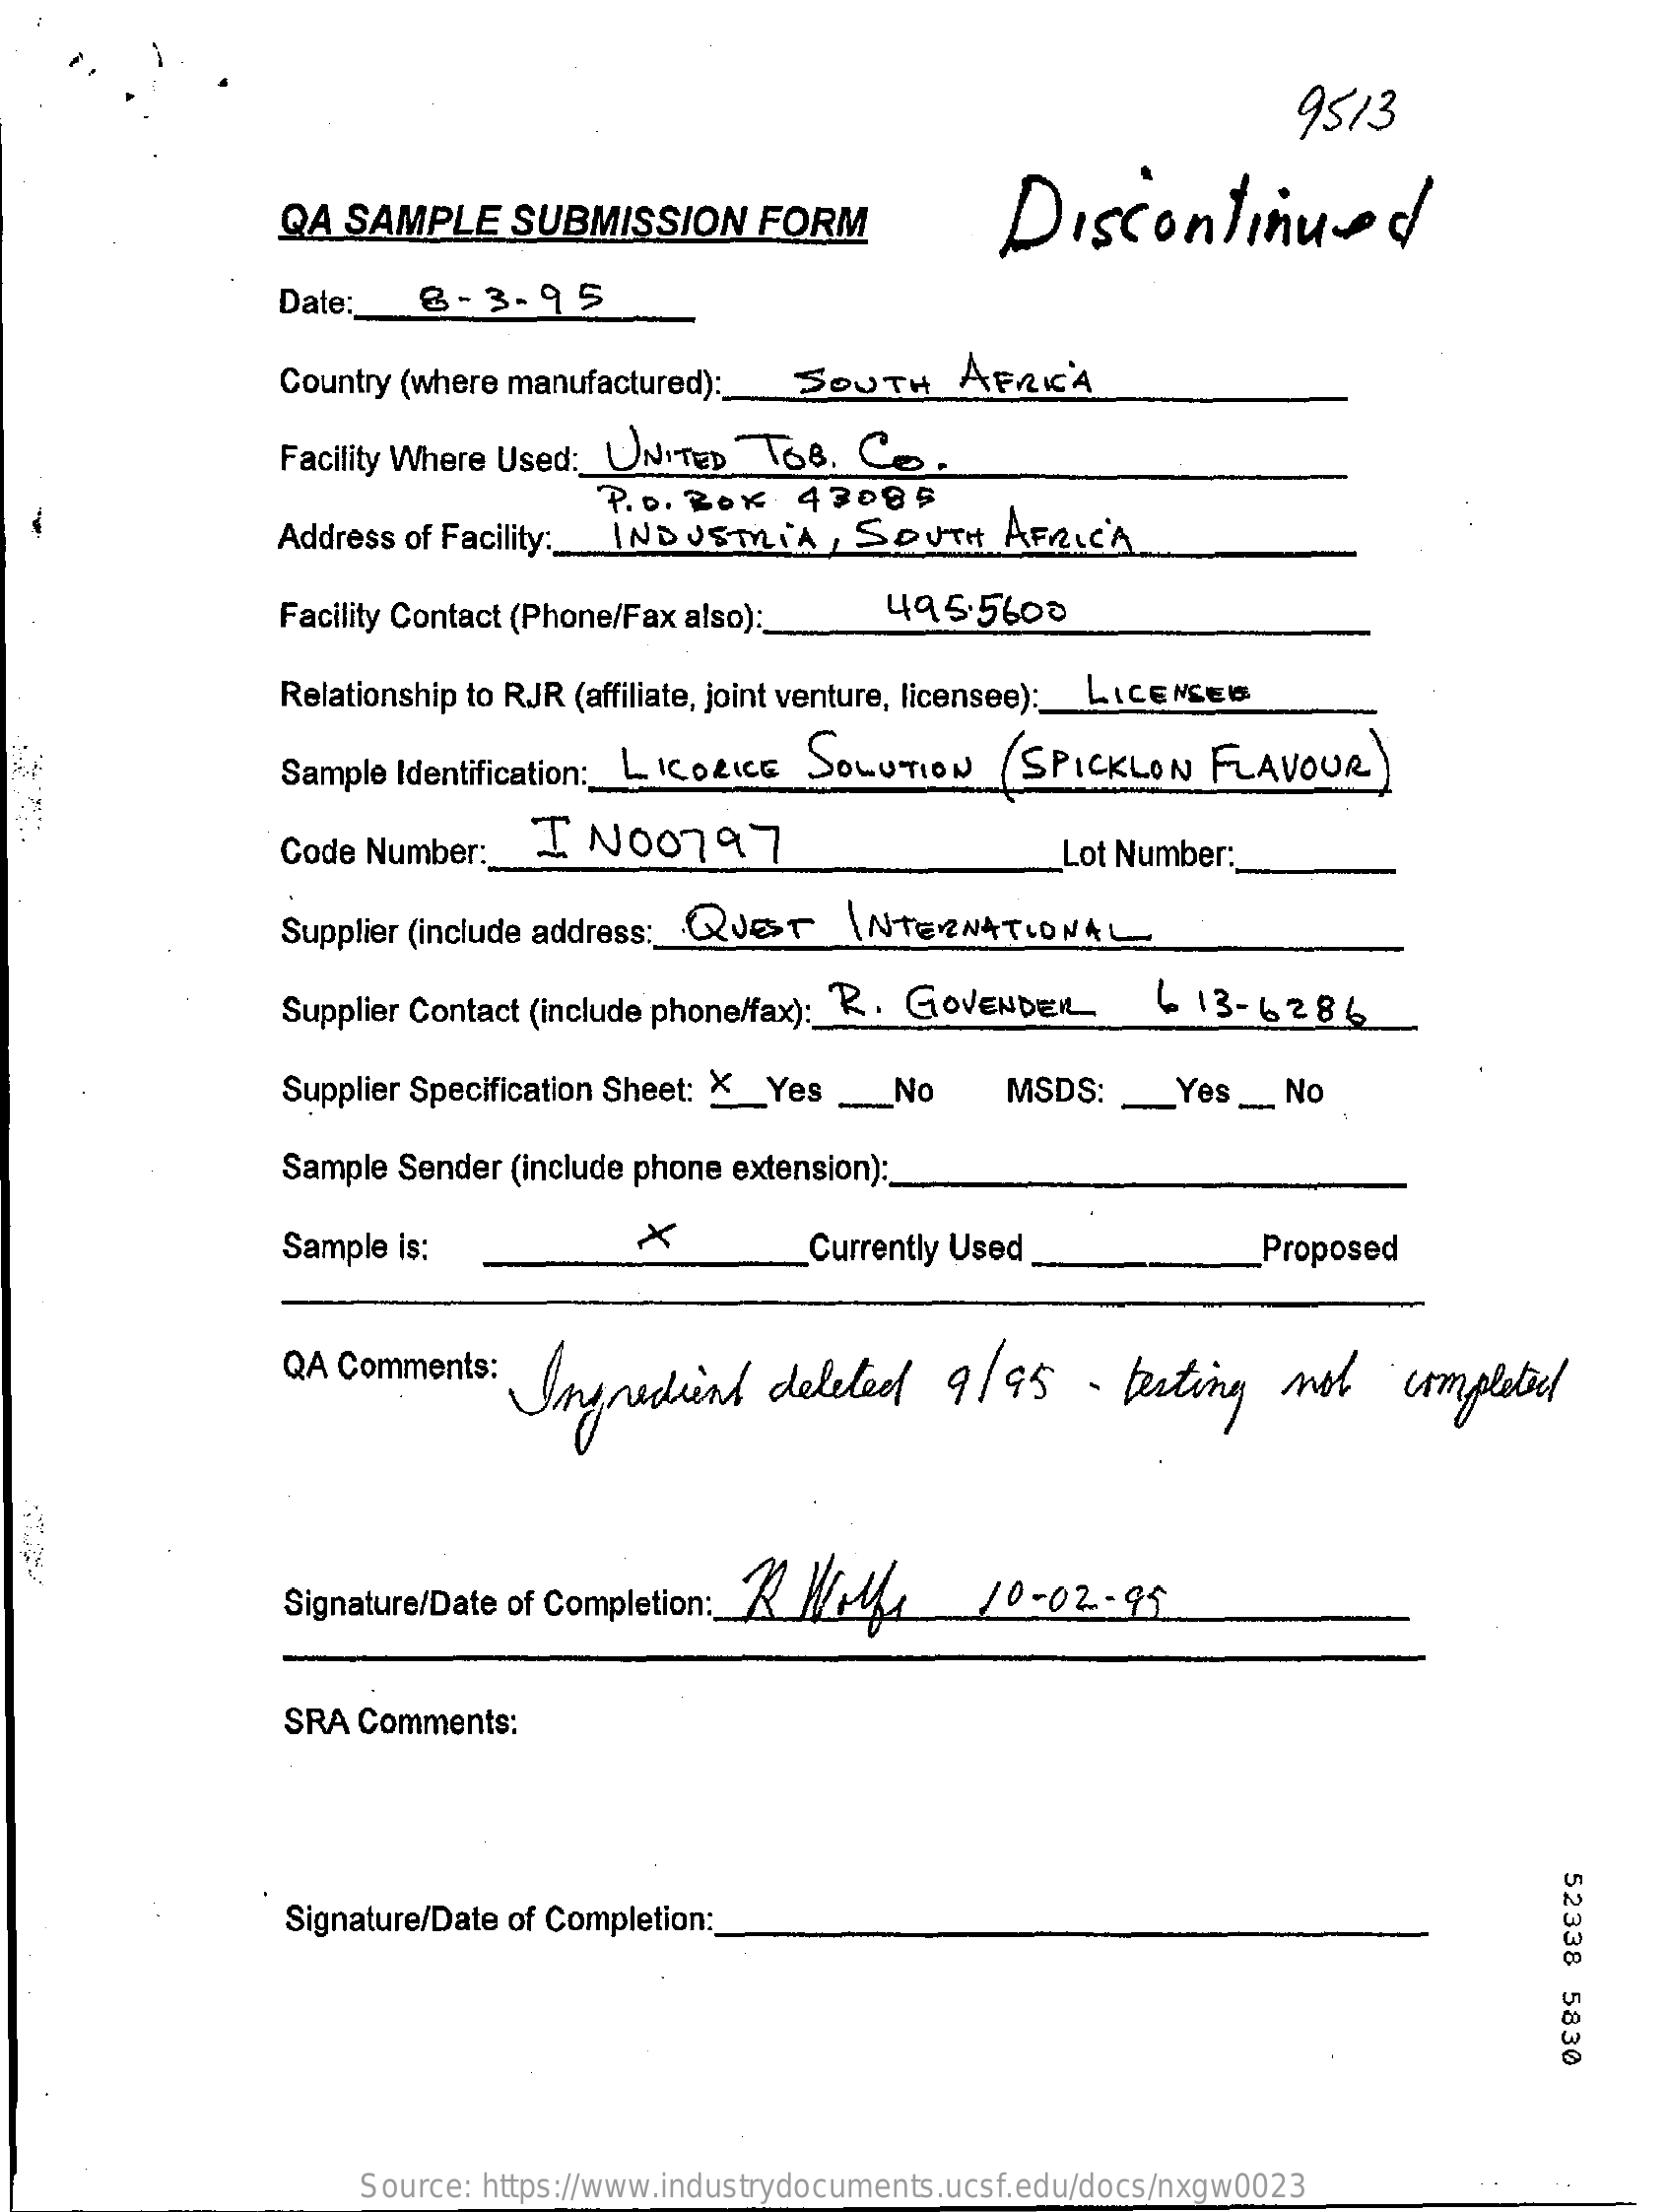
9513
     QA  SAMPLE    SUBMISSION    FORM    Discontinued
     Date:   8-  3-  95
     Country (where manufactured):   SOUTH    AFRICA
     Facility Where Used: UNITED   T68.  Co.
     Address of Facility:
     P.O. Box    43085
     INDUSTRIA    , SOUTH    AFRICA
     Facility Contact (Phone/Fax also):    495.5600
     Relationship to RJR (affiliate, joint venture, licensee): LICENSE
     Sample Identification :_ LICORICE SOLUTION    SPICKLON   FLAVOUR ...
     Code Number:    I NO0797    Lot Number:
     Supplier (include address :_ QUEST INTERNATIONAL
     Supplier Contact (include phone/fax): R . GOVENDER    ~  13-6286
     Supplier Specification Sheet: X_Yes _No    MSDS:  _   Yes __ No
     Sample Sender (include phone extension):
     Sample is:    ×    Currently Used    Proposed
     QA Comments:  Ingredient    deleted    9/95    -  besting   not    completeel
     Signature/Date of Completion: < /    10-02-95
     SRA Comments:
     52338
     5830
     Signature/Date of Completion:
     Source: https://www.industrydocuments.ucsf.edu/docs/nxgw0023